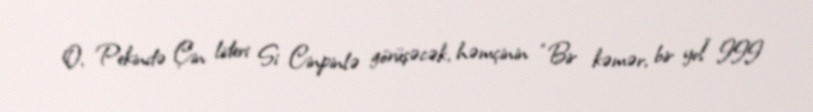
O, Pekində Çin lideri Si Cinpinlə görüşəcək, həmçinin “Bir kəmər, bir yol” III